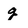
Character: g